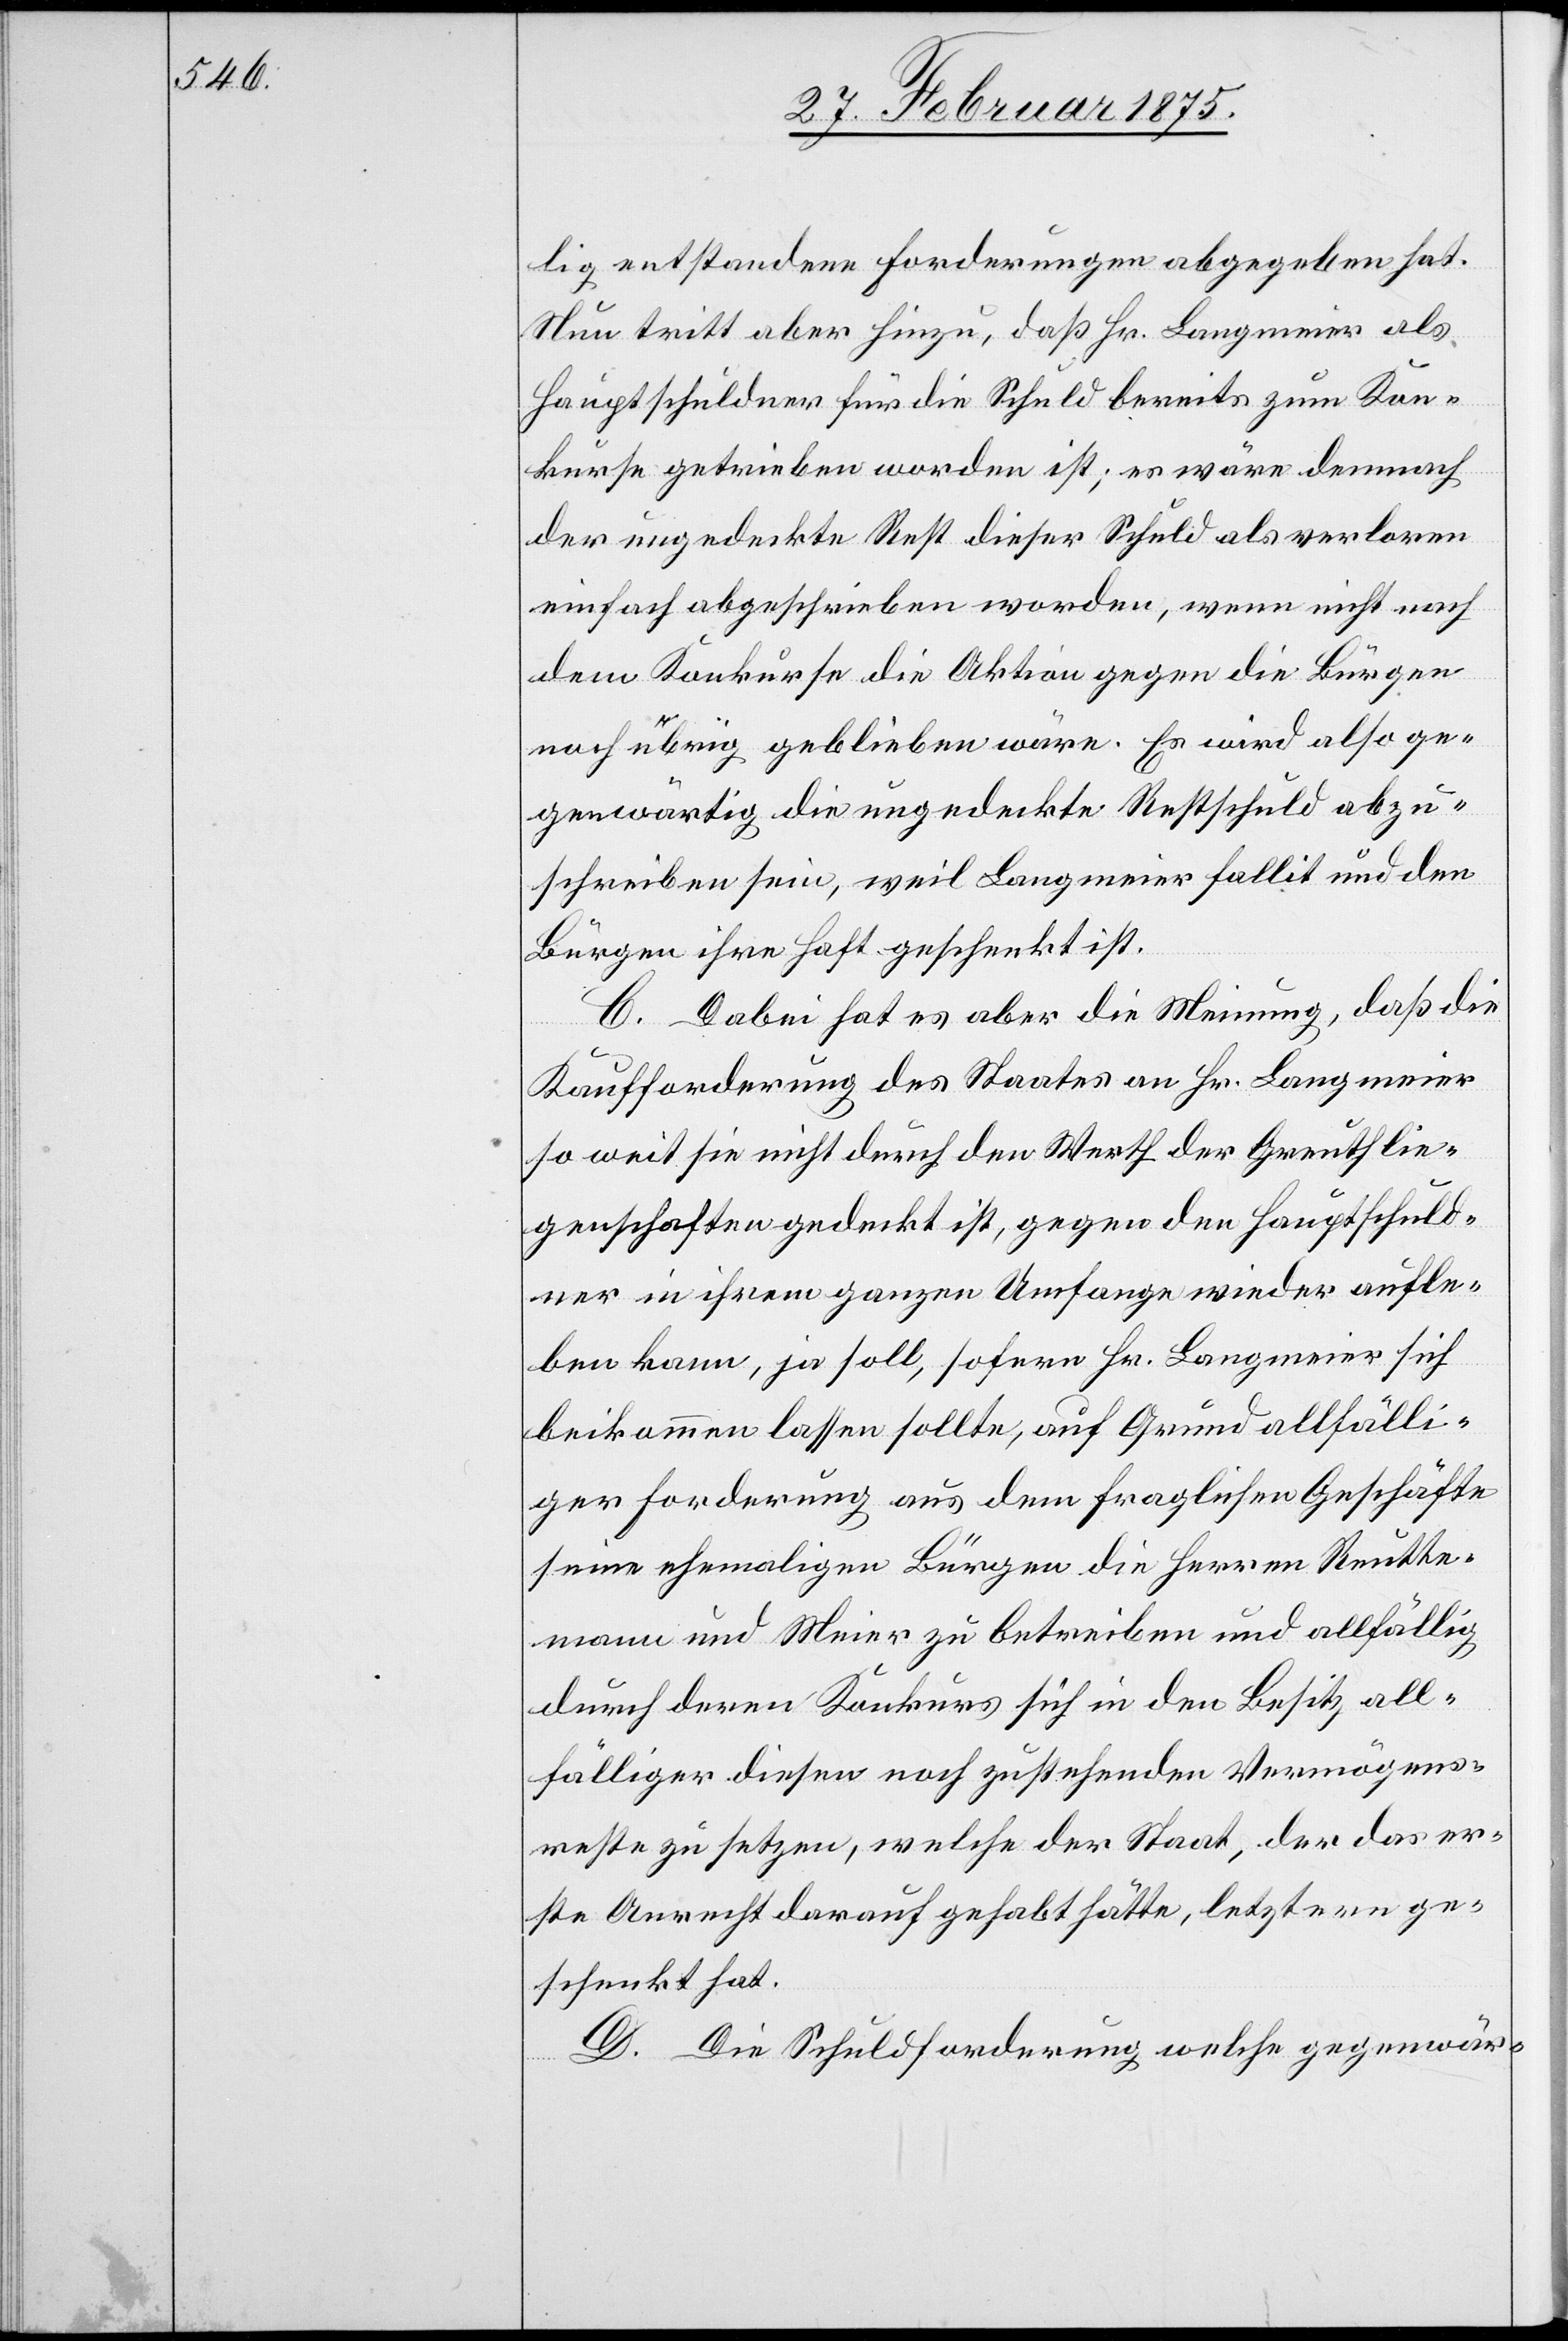
lig entstandene Forderungen abgegeben hat.
Nun tritt aber hinzu, daß Hr. Langmeier als
Hauptschuldner für die Schuld bereits zum Kon¬
kurse getrieben worden ist; es wäre demnach
der ungedeckte Rest dieser Schuld als verloren
einfach abgeschrieben worden, wenn nicht nach
dem Konkurse die Aktion gegen die Bürgen
noch übrig geblieben wäre. Es wird also ge¬
genwärtig die ungedeckte Restschuld abzu¬
schreiben sein, weil Langmeier fallit und den
Bürgen ihre Haft geschenkt ist.
C. Dabei hat es aber die Meinung, daß die
Kaufforderung des Staates an Hr. Langmeier
so weit sie nicht durch den Werth der Greuthlie¬
genschaften gedeckt ist, gegen den Hauptschuld¬
ner in ihrem ganzen Umfange wieder aufle¬
ben kann, ja soll, sofern Hr. Langmeier sich
beikommen lassen sollte, auf Grund allfälli¬
ger Forderung aus dem fraglichen Geschäfte
seine ehemaligen Bürgen die Herren Reutte¬
mann und Meier zu betreiben und allfällig
durch deren Konkurs sind in den Besitz all¬
fälliger diesen noch zustehenden Vermögens¬
reste zu setzen, welche der Staat, der das er¬
ste Anrecht darauf gehabte hätte, letztern ge¬
schenkt hat.
D. Die Schuldforderung welche gegenwär-